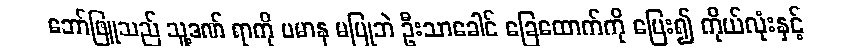
ဘော်ဖြူသည် သူ့ဒဏ် ရာကို ပမာန မပြုဘဲ ဦးသာခေါင် ခြေထောက်ကို ပြေး၍ ကိုယ်လုံးနှင့်